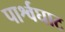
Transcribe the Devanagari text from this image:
पार्श्वघाट